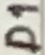
Text: D1